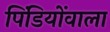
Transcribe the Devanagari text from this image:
पिंडियोंवाला